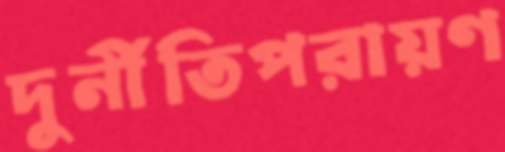
দুর্নীতিপরায়ণ